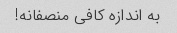
به اندازه کافی منصفانه!